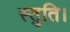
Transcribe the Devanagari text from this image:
स्तुति।